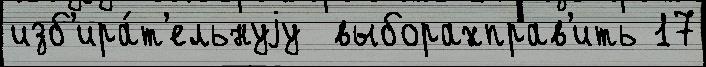
изб'ира́т'ельнуjу  выборахправ'ить 17